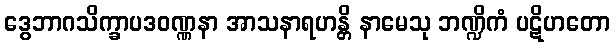
ဒွေဘာဂသိက္ခာပဒဝဏ္ဏနာ အာသနာရဟန္တိ နာမေသု ဘဏ္ဍိကံ ပဋိဟတော